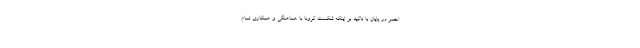
احمر در پایان با تاکید بر اینکه شکست کرونا با هماهنگی و همکاری تمام